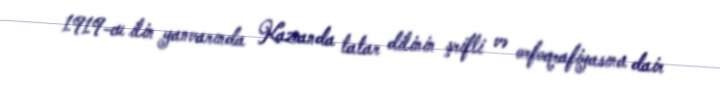
1919-cu ilin yanvarında Kazanda tatar dilinin şrifti və orfoqrafiyasına dair